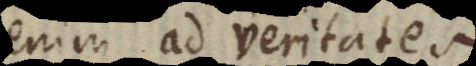
enim ad veritates